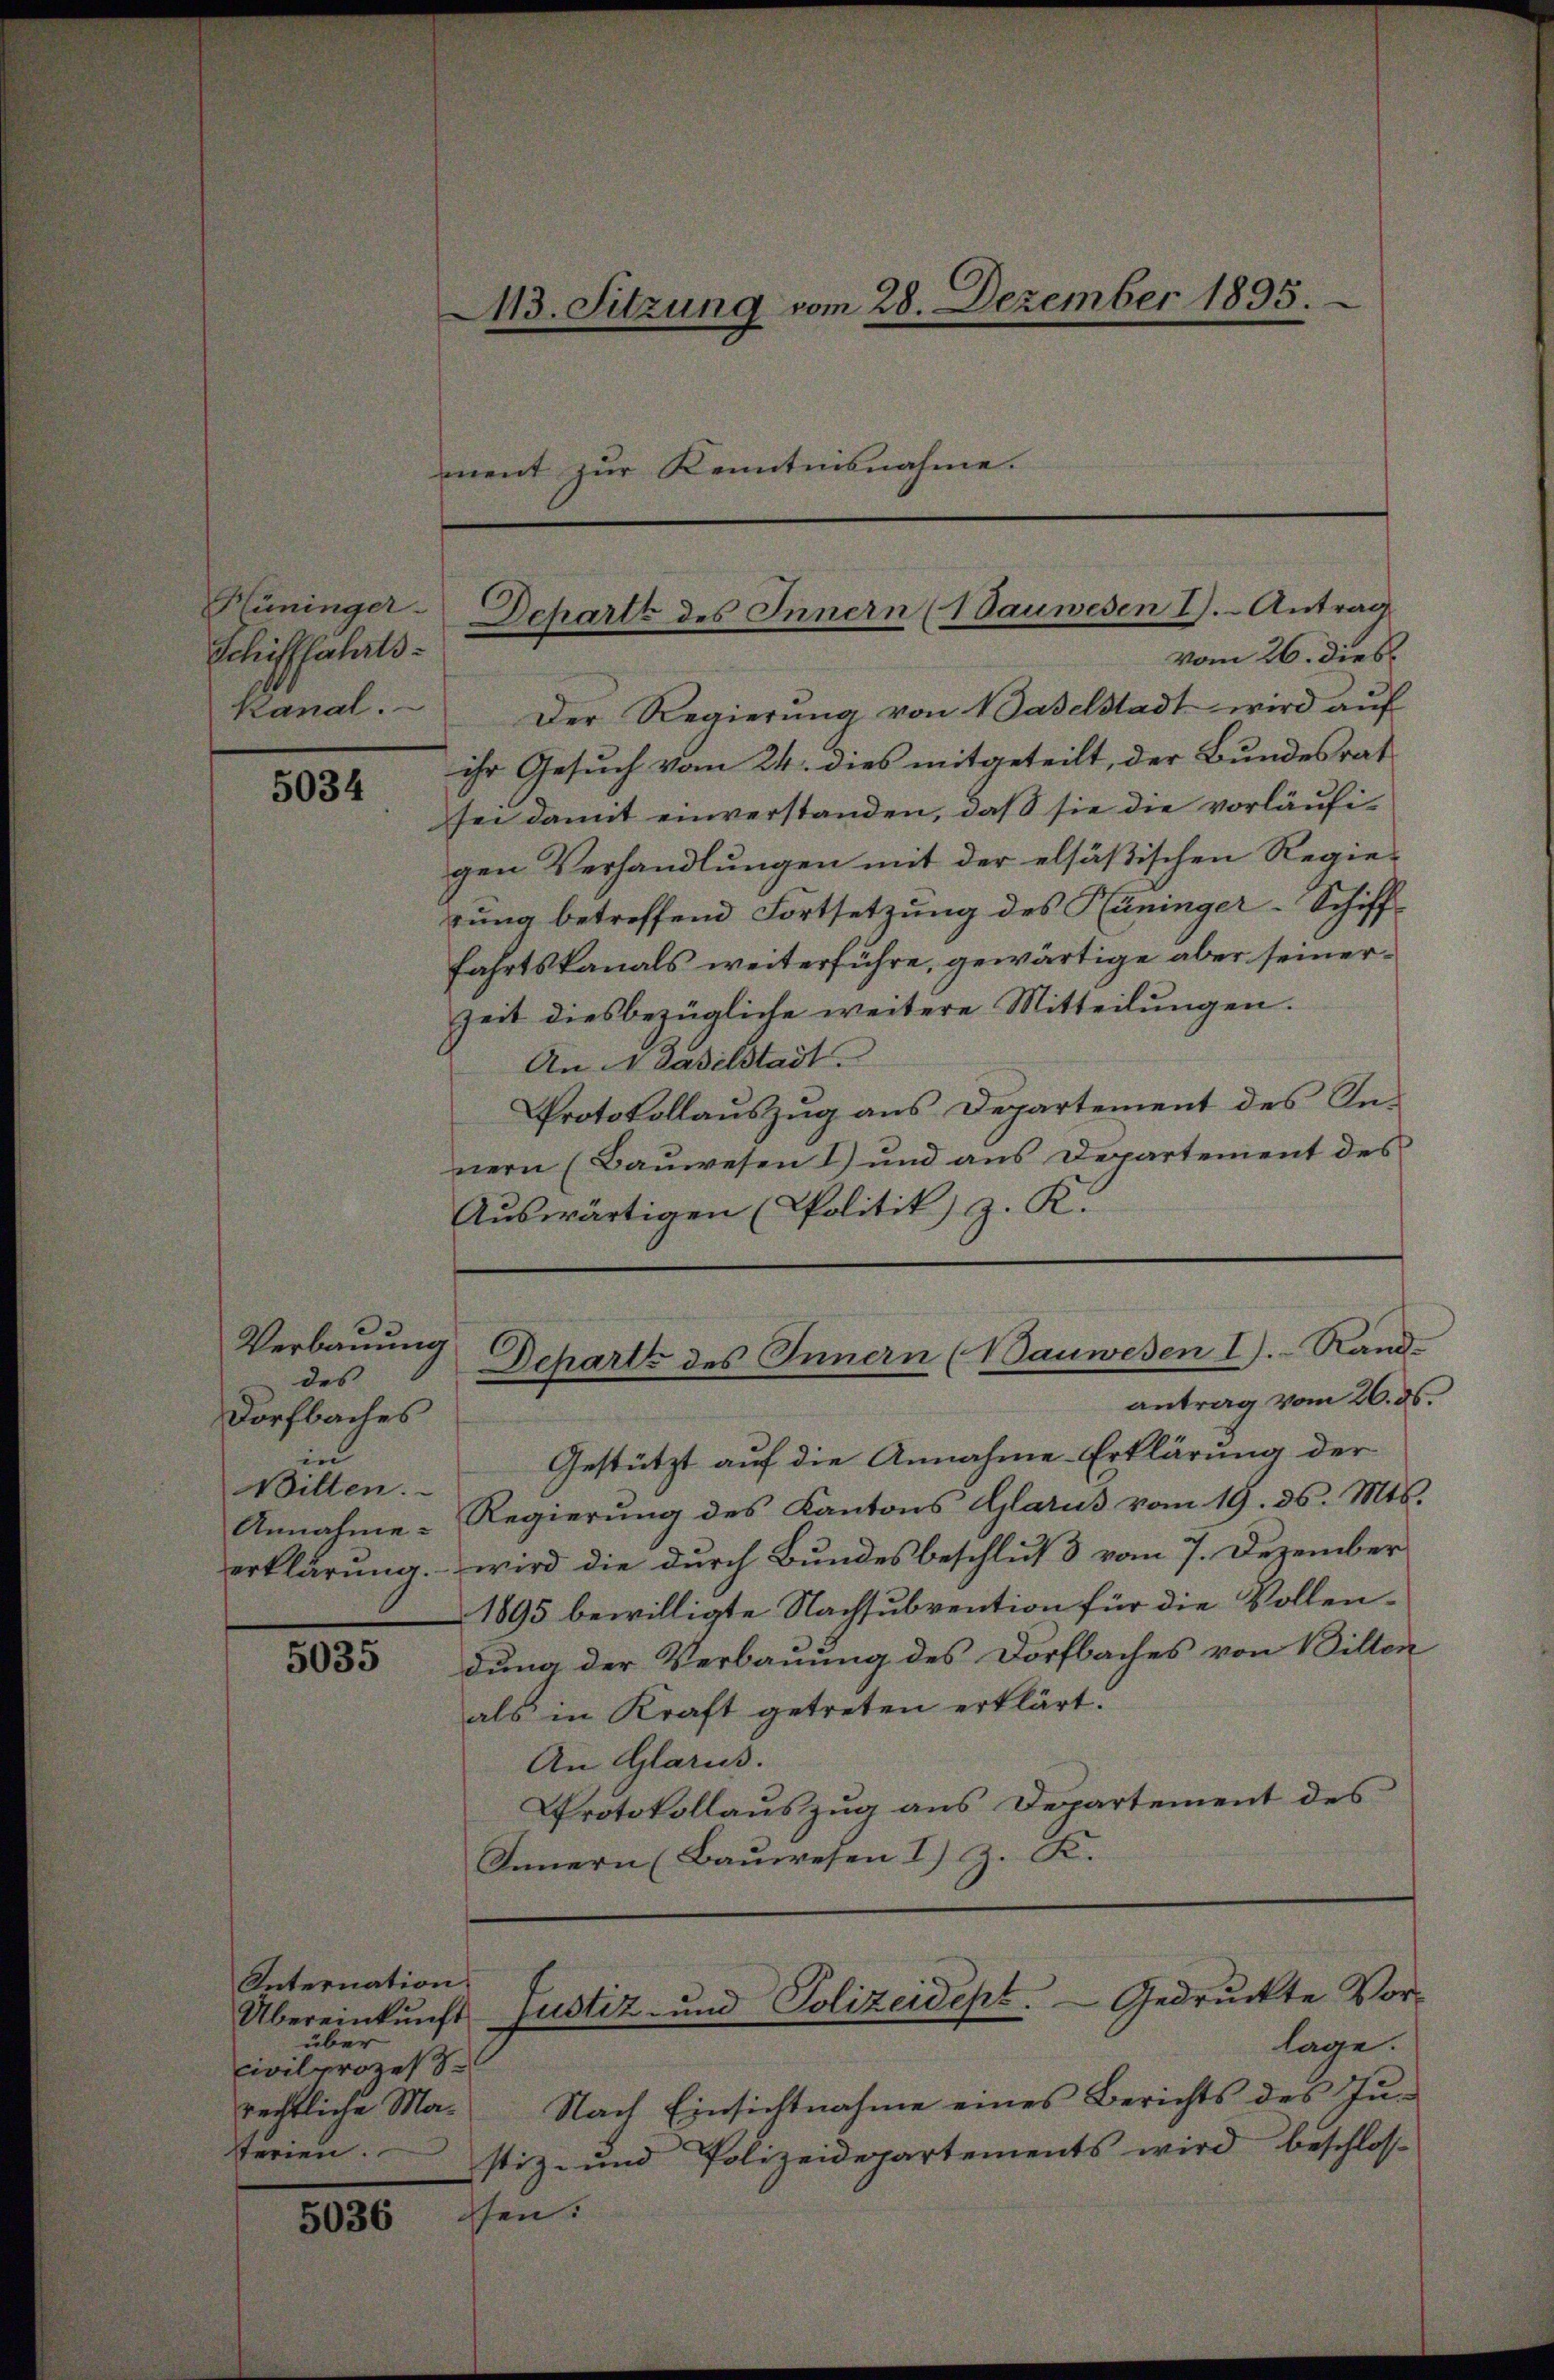
Schifffahrts-
Kanal.

5034

Verbauung
des
Dorfbaches
in
Bilten.

5035

Internation
über
Civilprozess
terien.

5036

43. Sitzung vom 28. Dezember 1895.
ment zur Kenntnisnahme.

Der Regierŭng von Baselstadt wird aŭf
ihr Gesuch vom 24. dies mitgeteilt, der Bundesrat
sei damit einverstanden, daß sie die vorläŭfi-
gen Verhandlungen mit der elsäßischen Regierung betreffend Fortsetzung des Hüninger-Schifffahrtskanals weiterführe, gewärtige aber seiner¬
Zeit diesbezügliche weitere Mitteilungen.
An 4 daselstadt
Protokollauszug aus Departement des Innern (Bauwesen 1) und aus Departement des
Auswärtigen (Politik z. R.
Departz des Innern (Bauwesen I. Rand-
antrag vom 26. ds.
Gestützt auf die Annahme Erklärung der
Annahme-Regierung des Kantons Glarus vom 19. ds. Mts.
erklärung. – wird die durch Bundesbeschluß vom 7. Dezember
1895 bewilligte Nachsubvention für die Vollendung der Verbauung des Dorfbaches von Willen
als in Kraft getreten erklärt.
An Glarus.
Protokollauszug aus Departement des
Innern (Bauwesen I) Z. K.

Hüninger-Dchartz des Innern (dauwesen 2). Antrag
vom 26. dies

rechtliche Ma- Nach Einsichtnahme eines Berichts des Jŭ-
stiz- und Polizeidepartements wird beschlosffen.

Übereinkunft Justiz- und Polizeidept. — Gedruckte Vorlage.